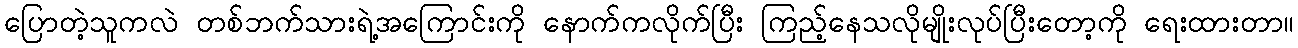
ပြောတဲ့သူကလဲ တစ်ဘက်သားရဲ့အကြောင်းကို နောက်ကလိုက်ပြီး ကြည့်နေသလိုမျိုးလုပ်ပြီးတော့ကို ရေးထားတာ။